King Institute of Preventive Medicine Bacteriolog. Section reports 1907-08
Year: 1907
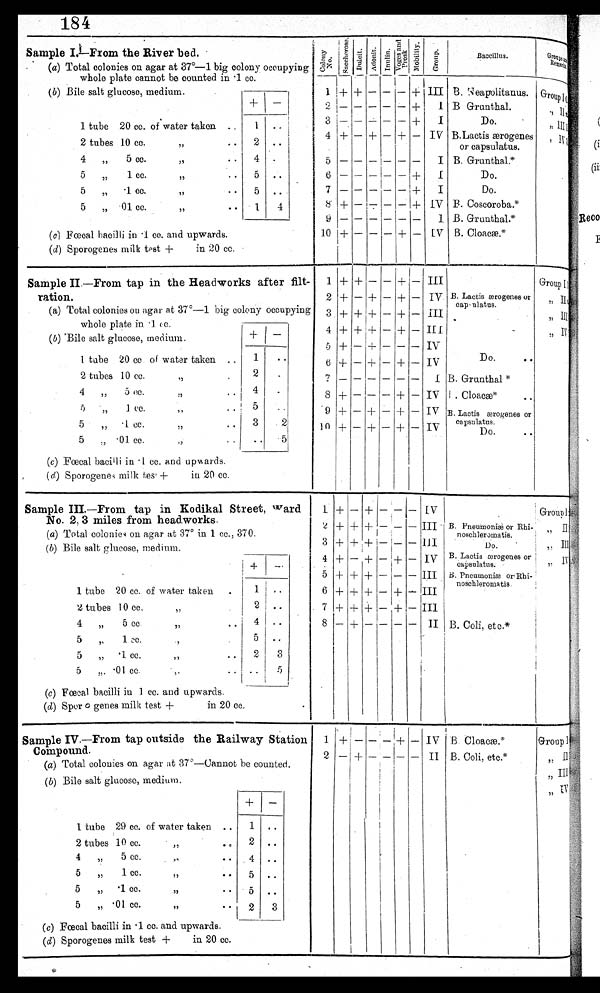
184
Sample I.—From the River b ed. •
(a) Total colonies on agar at 37°-1 big colony occupying
-
whole plate cannot be counted in .1 cc.
_____
(b) Bile salt glucose, medium.
—
1 + + — — — + III B.
Groupi e;
1 tube 20 cc. of water taken
1 ..
3
I
Do.
2 tubes 10 cc.
,,
• •
2 ..
4
„
5 cc.
57
• •
4
-
I
5 — — — — -- —
I B. Grunthal.*
5
„
1 cc.
,,
..
5 . •
6
+
1
Do.
5
„
• 1 cc.
,, • •
5 ..
7
+
I
Do.
5
„ .01 cc.
,,
..
1
4
8 + — — — + IV B. Coscoroba.*
(c) Fœcal bacilli in • 1 cc. and upwards.
10 + — — — + — IV B. Cloacæ.*
(d) Sporogcnes milk test +
in 20 cc.
Colony No.Saccher os e. Dulcit.Adonit. I n u l i n .
Voge s a nd Pr os k. Mobi l i ty.
G r o u p .
Baccillus.
G r o u p s a n d r e m a r k s
Group and RemarkGroup and remarks
2
+
,,
I I
0
1. B. Grunthal.*
4 + — + — + — IV
I
„
1111
B. Lactis ærogenes
or capsulatus.
+
—
+
I B Grunthal.
G r o u p I
, , I I
, , I I I
, , I V
Sample II—From tap in the Headworks after filtration 1 + + — — + —
I I I
G r o u p I ,
ration.
2 + — + — + — Iv B . Lactis ærogenes or
(a) Total colonies on agar at 37°-1 big colony occupying
3 + + + — + — I I I
whole plate in • 1 cc.
(b) 'Bile salt glucose, medium..
+
—
4 + + -I-- — + — III
-
, ,
1 tube 20 cc. of water taken
1
..
2 tubes 10 cc.
,,
2
.
4
5 cc.,,..
8 + — -- — + — IV I . Cloacæ
* •
5
,,1
cc.
5
..
.
5 •
.1 cc.
3
capsulatus.
• •
5
„ • 01 cc.
t,
(c) Fœcal baci l li in • 1 cc. and upwards.
(d) Sporogenes milk test +
in 20 cc.
,,
,7
1 1 0
+ — + — + —
I V
D o .
•
5 +—+—,-- IV
7 — — I-- — — —
I B. G r u n t h a l * *
6 + — + — + — IV
Do.
..
9 + — + — + — IV B. Lactis ærogenes or
capulatus.
1,,
I I
III
Sample III.—From tap in Kodikal Street, ward
No. 2, 3 miles from head.works.
1 + — + — — — IV Group I
(a) Total colonies on agar at 37° in 1 cc., 37
+
0.
+ + — — -- III B.
n
Pneumoniæ or
noschleromatis.
Rhi-
,, I I
(b) Bile salt glucose, medium.
Do.
,, III
1 tube 20 cc. of water taken
.
1 I . •
6 + + + — + - I I I
2 tubes 10 cc.
,,
2 •.
7 + + + — + — III
4
„
5 cc
,,
..
4
• •
8 — +
II B. Coll, etc.*
5
„
1 cc.
.,
5 ..
5
„
.1 cc.
,,
..
2
3
.5
„ • 01 cc.
(c) Fœcal bacilli in 1 cc. and upwards.
(d) Spor o genes milk test +
in 20 cc.
.
—
—
+
+
+
3
—
4
--
capsulatus.
I
II
5 + + + — — — III B. Pneumoniæ or Rbi-
I
4 + _ + _ + _ i v B. Lactis ærogenes or
IV
noschleromatis.
Sample IV.—From tap outside the Railway Station
Compound.
1 + — — —
— IV B. Cloacæ.*
Group I
(a) Total colonies on agar at 37º—Cannot be counted.
,,
(b) Bile salt glucose, medium.
,,
+
—
1 •tube 29 cc. of water taken ..
1 ..
2 tubes 10 cc.
. ,, ••
2 • •
4
5 cc.
,,
• •
4 ..
5
„
1 cc.
:,,
• •
5 ..
5
„ • 1 cc.
..,,
• •
5 ..
5
„ • 01 cc.
,,
• •
2 1 3
(c) Fœcal bacilli in • 1 cc. and upwards.
(d) Sporogenes milk test +
in 20 cc.
2 —
— —
— II B. Coli. etc.
II
III
I V
,,